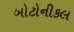
બોટોનીકલ